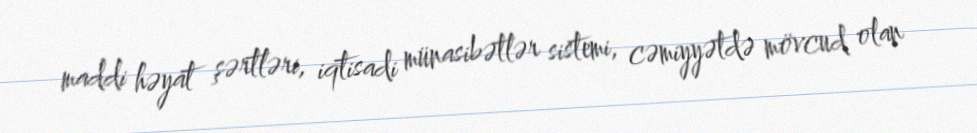
maddi həyat şərtləri, iqtisadi münasibətlər sistemi, cəmiyyətdə mövcud olan